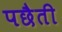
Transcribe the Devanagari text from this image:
पछैती